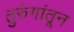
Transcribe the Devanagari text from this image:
तुरुंगांतून